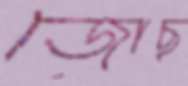
জোছ